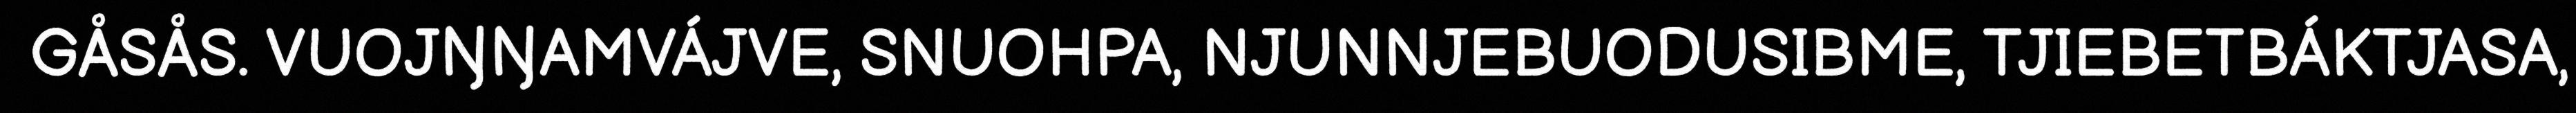
GÅSÅS. VUOJŊŊAMVÁJVE, SNUOHPA, NJUNNJEBUODUSIBME, TJIEBETBÁKTJASA,